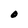
Character: O